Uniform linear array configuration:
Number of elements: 64
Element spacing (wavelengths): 0.25
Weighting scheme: blackman
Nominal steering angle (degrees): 30
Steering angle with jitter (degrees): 31.002
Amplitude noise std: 0.05
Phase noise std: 0.05

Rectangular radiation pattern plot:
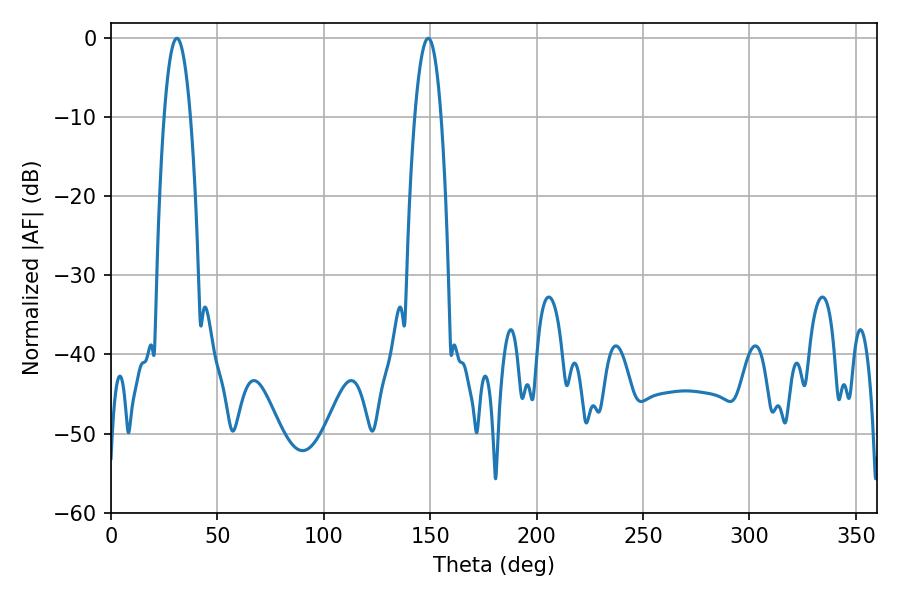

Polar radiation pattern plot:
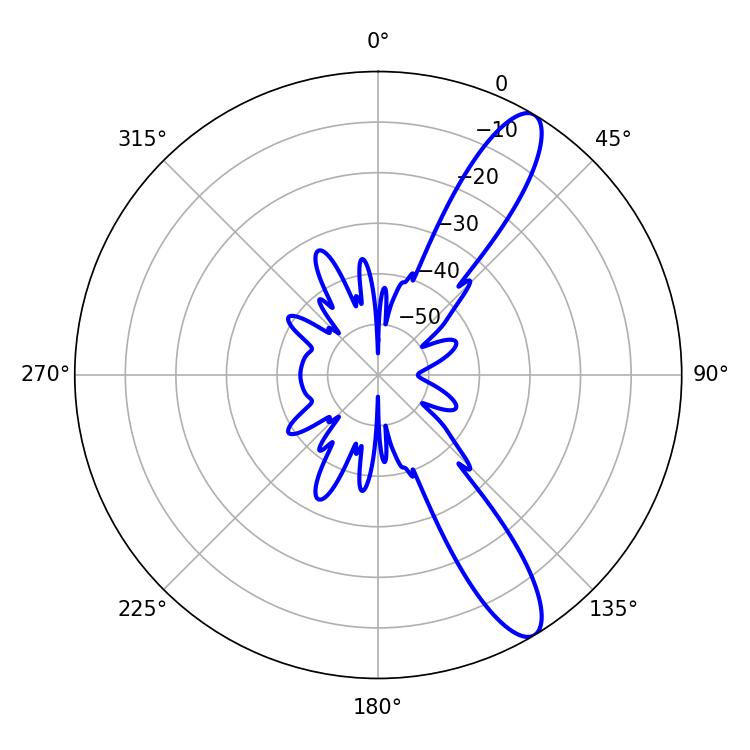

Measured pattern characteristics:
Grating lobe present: FALSE
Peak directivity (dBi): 11.806
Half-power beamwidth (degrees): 6.84
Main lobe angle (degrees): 30.96